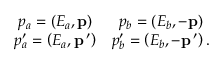
\begin{array} { c c } { { p _ { a } = \left( E _ { a } , { \bf p } \right) } } & { { p _ { b } = \left( E _ { b } , - { \bf p } \right) } } \\ { { p _ { a } ^ { \prime } = \left( E _ { a } , { \bf p } \, { } ^ { \prime } \right) } } & { { p _ { b } ^ { \prime } = \left( E _ { b } , - { \bf p } \, { } ^ { \prime } \right) . } } \end{array}